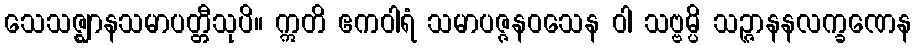
သေသဇ္ဈာနသမာပတ္တီသုပိ။ ဣတိ ဧကဝါရံ သမာပဇ္ဇနဝသေန ဝါ သဗ္ဗမ္ပိ သဉ္ဇာနနလက္ခဏေန